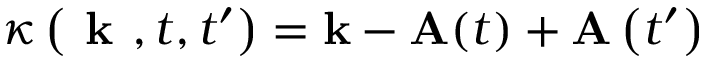
\kappa \left( \textbf { k } , t , t ^ { \prime } \right) = \mathbf { k } - \mathbf { A } ( t ) + \mathbf { A } \left( t ^ { \prime } \right)